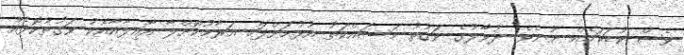
ވެސް ކުޑަކަމެއް ނޫނެވެ. ދުވާލުގެ ވަގުތު މަސައްކަތު އުޅުމަށްފަހު އަރާމުކޮށްލާ އާއިލާއާއެކު ވަގުތުކޮޅެއް